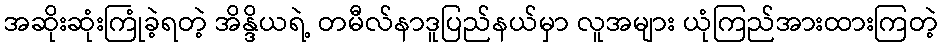
အဆိုးဆုံးကြုံခဲ့ရတဲ့ အိန္ဒိယရဲ့ တမီလ်နာဒူပြည်နယ်မှာ လူအများ ယုံကြည်အားထားကြတဲ့